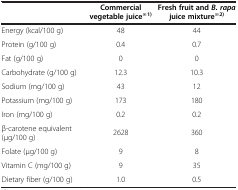
<table><thead><tr><td><b> </b></td><td><b>Commercial vegetable juice<sup>※1)</sup></b></td><td><b>Fresh fruit and <i>B. rapa </i>juice mixture<sup>※2)</sup></b></td></tr></thead><tbody><tr><td>Energy (kcal/100 g)</td><td>48</td><td>44</td></tr><tr><td>Protein (g/100 g)</td><td>0.4</td><td>0.7</td></tr><tr><td>Fat (g/100 g)</td><td>0</td><td>0</td></tr><tr><td>Carbohydrate (g/100 g)</td><td>12.3</td><td>10.3</td></tr><tr><td>Sodium (mg/100 g)</td><td>43</td><td>12</td></tr><tr><td>Potassium (mg/100 g)</td><td>173</td><td>180</td></tr><tr><td>Iron (mg/100 g)</td><td>0.2</td><td>0.2</td></tr><tr><td>β-carotene equivalent (μg/100 g)</td><td>2628</td><td>360</td></tr><tr><td>Folate (μg/100 g)</td><td>9</td><td>8</td></tr><tr><td>Vitamin C (mg/100 g)</td><td>9</td><td>35</td></tr><tr><td>Dietary fiber (g/100 g)</td><td>1.0</td><td>0.5</td></tr></tbody></table>